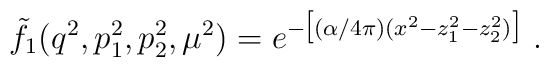
\tilde{f}_1(q^2,p^2_1,p^2_2, \mu^2) = e^{-\big[(\alpha/4 \pi)(x^2 - z^2_1 - z^2_2) \big]}~.